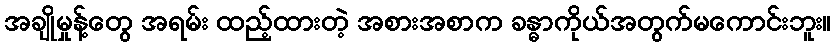
အချိုမှုန့်တွေ အရမ်း ထည့်ထားတဲ့ အစားအစာက ခန္ဓာကိုယ်အတွက်မကောင်းဘူး။